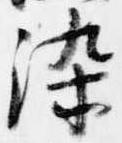
染